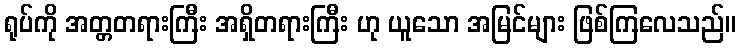
ရုပ်ကို အတ္တတရားကြီး အရှိတရားကြီး ဟု ယူသော အမြင်များ ဖြစ်ကြလေသည်။